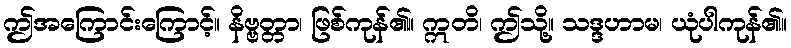
ဤအကြောင်းကြောင့်။ နိဗ္ဗတ္တာ၊ ဖြစ်ကုန်၏။ ဣတိ၊ ဤသို့။ သဒ္ဒဟာမ၊ ယုံပါကုန်၏။